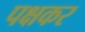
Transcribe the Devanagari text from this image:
पक्षकर